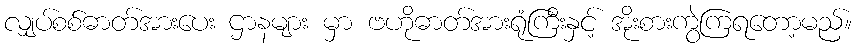
လျှပ်စစ်ဓာတ်အားပေး ဌာနများ မှာ ဗဟိုဓာတ်အားရုံကြီးနှင့် အိုးစားကွဲကြရတော့မည်။